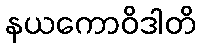
နယကောဝိဒါတိ